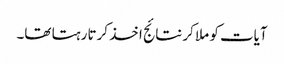
آیات کو ملا کر نتائج اخذ کرتا رہتا تھا۔